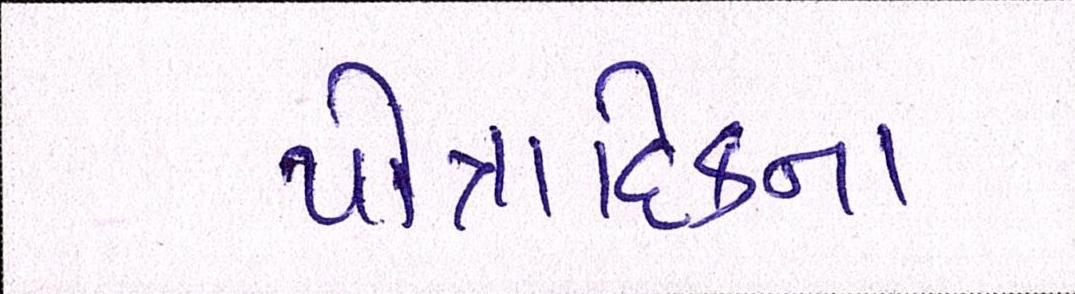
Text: પૌત્રાદિકના